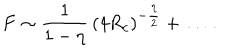
F \sim \frac { 1 } { 1 - \eta } \, ( 4 R _ { c } ) ^ { - { \frac { \eta } { 2 } } } + \ldots \, .